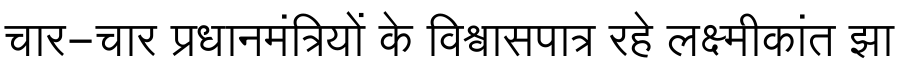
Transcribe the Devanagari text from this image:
चार-चार प्रधानमंत्रियों के विश्वासपात्र रहे लक्ष्मीकांत झा